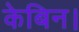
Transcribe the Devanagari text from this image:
केबिन।